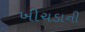
ખીચડાની